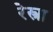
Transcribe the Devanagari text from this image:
रेस्त्रा